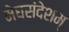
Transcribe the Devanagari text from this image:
मेघसंदेशम्